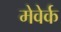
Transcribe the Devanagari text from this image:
मेवेर्क